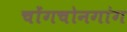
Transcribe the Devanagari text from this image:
चोंगचोनगांग